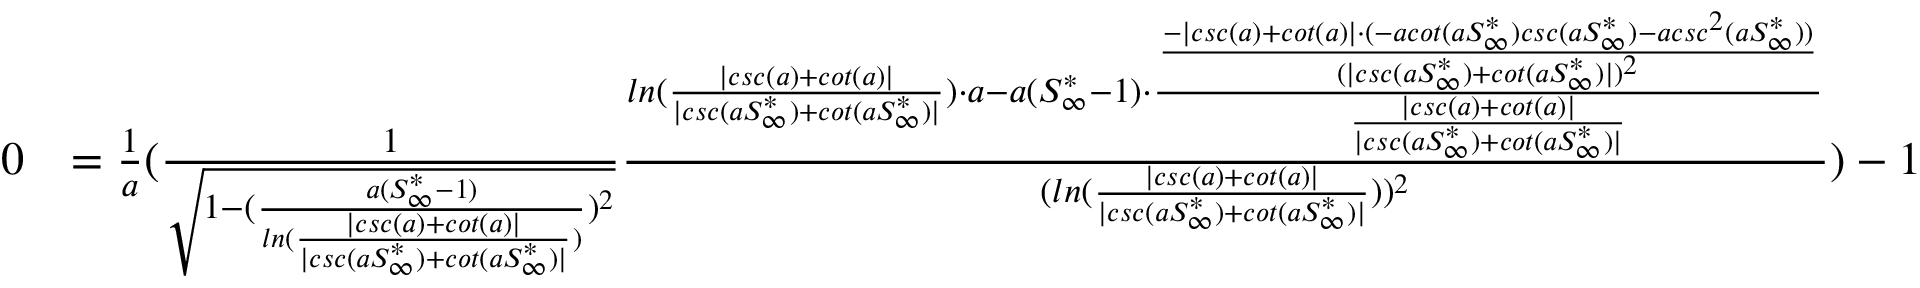
\begin{array} { r l } { 0 } & { = \frac { 1 } { a } ( \frac { 1 } { \sqrt { 1 - ( \frac { a ( S _ { \infty } ^ { * } - 1 ) } { l n ( \frac { | c s c ( a ) + c o t ( a ) | } { | c s c ( a S _ { \infty } ^ { * } ) + c o t ( a S _ { \infty } ^ { * } ) | } ) } ) ^ { 2 } } } \frac { l n ( \frac { | c s c ( a ) + c o t ( a ) | } { | c s c ( a S _ { \infty } ^ { * } ) + c o t ( a S _ { \infty } ^ { * } ) | } ) \cdot a - a ( S _ { \infty } ^ { * } - 1 ) \cdot \frac { \frac { - | c s c ( a ) + c o t ( a ) | \cdot ( - a c o t ( a S _ { \infty } ^ { * } ) c s c ( a S _ { \infty } ^ { * } ) - a c s c ^ { 2 } ( a S _ { \infty } ^ { * } ) ) } { ( | c s c ( a S _ { \infty } ^ { * } ) + c o t ( a S _ { \infty } ^ { * } ) | ) ^ { 2 } } } { \frac { | c s c ( a ) + c o t ( a ) | } { | c s c ( a S _ { \infty } ^ { * } ) + c o t ( a S _ { \infty } ^ { * } ) | } } } { ( l n ( \frac { | c s c ( a ) + c o t ( a ) | } { | c s c ( a S _ { \infty } ^ { * } ) + c o t ( a S _ { \infty } ^ { * } ) | } ) ) ^ { 2 } } ) - 1 } \end{array}